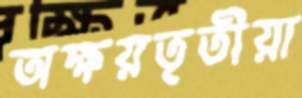
অক্ষয়তৃতীয়া